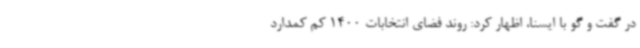
در گفت و گو با ایسنا، اظهار کرد: روند فضای انتخابات 1400 کم کمدارد